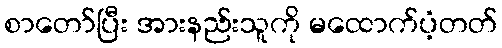
စာတော်ပြီး အားနည်းသူကို မထောက်ပံ့တတ်